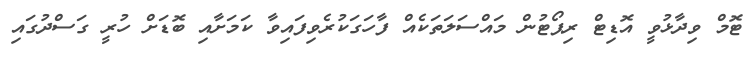
ޓޮމް ވިދާޅުވީ އޮޑިޓް ރިޕޯޓުން މައްސަލަތަކެއް ފާހަގަކުރެވިފައިވާ ކަމަށާއި ބޮޑަށް ހުރީ ގަސްދުގައި